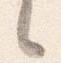
々